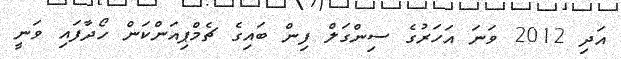
އަދި 2012 ވަނަ އަހަރުގެ ސިންގަލް ފިން ބައިގެ ޗެމްޕިއަންކަން ހޯދާފައި ވަނީ